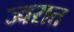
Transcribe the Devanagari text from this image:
ज्वरात